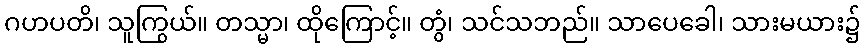
ဂဟပတိ၊ သူကြွယ်။ တသ္မာ၊ ထိုကြောင့်။ တွံ၊ သင်သဘည်။ သာပေခေါ၊ သားမယား၌